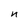
Character: n